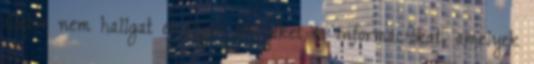
illetve nem hallgat el olyan tényeket és információkat, amelyek